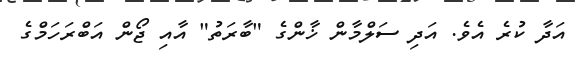
އަދާ ކުރެ އެވެ. އަދި ސަލްމާން ޚާންގެ "ބާރަތު" އާއި ޖޯން އަބްރަހަމްގެ